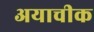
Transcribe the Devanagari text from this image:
अयाचीक